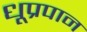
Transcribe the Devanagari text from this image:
धूप्रपान